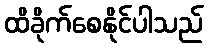
ထိခိုက်စေနိုင်ပါသည်